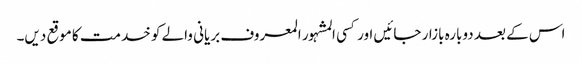
اس کے بعد دوبارہ بازار جائیں اور کسی المشہور المعروف بریانی والے کو خدمت کا موقع دیں۔